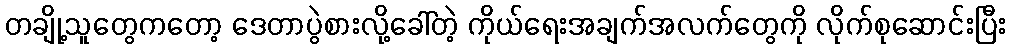
တချို့သူတွေကတော့ ဒေတာပွဲစားလို့ခေါ်တဲ့ ကိုယ်ရေးအချက်အလက်တွေကို လိုက်စုဆောင်းပြီး